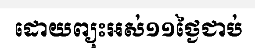
ដោយព្យុះអស់១១ថ្ងៃជាប់